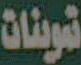
تموينات